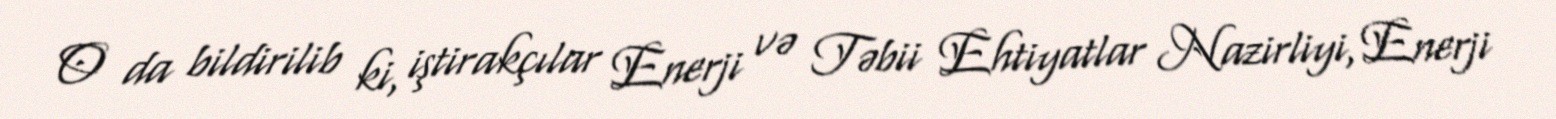
O da bildirilib ki, iştirakçılar Enerji və Təbii Ehtiyatlar Nazirliyi, Enerji